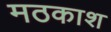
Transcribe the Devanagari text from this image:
मठकाश